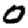
Digit: 0